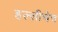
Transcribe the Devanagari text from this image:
हल्लीचेच